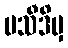
ပသီဒိမှ